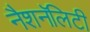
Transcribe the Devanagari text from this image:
नैशनॅलिटी